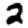
Digit: 2